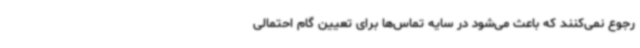
رجوع نمی‌کنند که باعث می‌شود در سایه تماس‌ها برای تعیین گام احتمالی